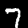
Label: 7